Leaving Certificate Examination, 1910
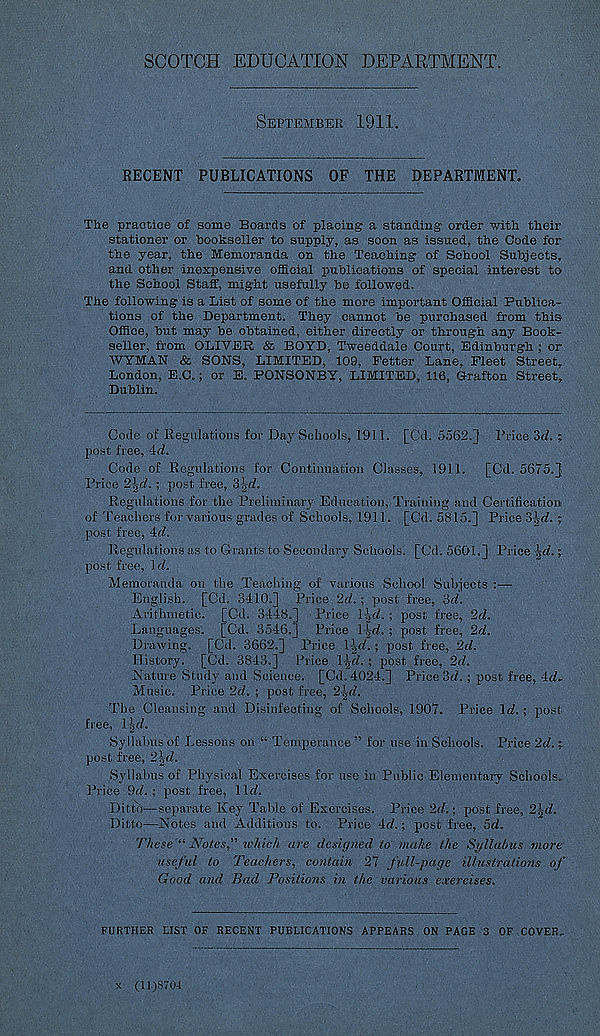
SCOTCH EDUCATION DEPARTMENT.
September 1911.
RECENT PUBLICATIONS OF THE DEPARTMENT.
The practice of some Boards of placing a standing order -with their
stationer or bookseller to supply, as soon as issued, the Code for
the year, the Memoranda on the Teaching of School Subjects,
and other inexpensive official publications of special interest to
the School Staff, might usefully be followed.
The following is a List of some of the more important Official Publica-
tions of the Department. They cannot be purchased from this
Office, but may be obtained, either directly or through any Book-
seller, from OLIVER & BOYD, Tweeddale Court, Edinburgh ; or
WYMAN & SONS, LIMITED, 109, Fetter Lane, Fleet Street,
London, E.C.; or E. PONSONBY, LIMITED, 116, Grafton Street,
Dublin.
Code of Regulations for Day Schools, 1911. [Cd. 5562.} Price 'id. ~
post free, 4ci.
Code of Regulations for Continuation Classes, 1911. [Cd. 5675.}
Price 2^d. ; post free, ?>\d.
Regulations for the Preliminary Education, Training and Certification
of Teachers for various grades of Schools, 1911. [Cd. 5815.] Price i\d. ;
post free, 4rf.
Regulations as to Grants to Secondary Schools. [Cd. 5601.] Price -Jr<7.;
post free, 1 d.
Memoranda on the .Teaching of various School Subjects :—
English. [Cd. 3410.] Price 2d. ; post free, id.
Arithmetic. [Cd. 3448.] Price l\d. ; post free, 2d.
Languages. [Cd. 3546.] Price 1-SjfZ. ; post free, 2d.
Drawing. [Cd. 3662.] Price
; post free, 2d.
History. [Cd. 3843.] Price iJjrf. ; post free, 2d.
Nature Study and Science. [Cd. 4024.] Price 3rZ. ; post free, 4<L
Mnsic. Price 2d. ; post free, 2\d.
The Cleansing and Disinfecting of Schools, 1907. Price \d. ; post
free, l-g<7.
Syllabus of Lessons on “ Temperance” for use in Schools. Price 2d. j.
post free, 2\d.
Syllabus of Physical Exercises for use in Public Elementary Schools..
Price 9f7. ; post free, lid.
Ditto—separate Key Table of Exercises. Price 2(7.: post free, 2\d.
Ditto—Notes and Additions to. Price 4d.; post free, 5d.
These “ Notes,” which are designed to make the Syllabus more
useful to Teachers, contain 27 full-page illustrations of
Good and Bad Positions in the various exercises.
FURTHER LIST OF RECENT PUBLICATIONS APPEARS ON PAGE 3 OF COVER.
x (11)8704